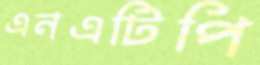
এনএটিপি